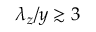
\lambda _ { z } / y \gtrsim 3